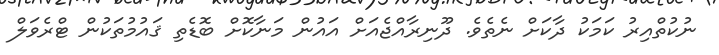
ނުކުތްއިރު ކަމަކު ދާކަށް ނެތެވެ. ދޫނިރާއްޖެއަށް އައުން މަނާކޮށް ބޮޑެތި ޤައުމުތަކުން ޓްރެވަލް